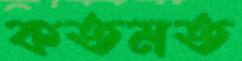
কতমত